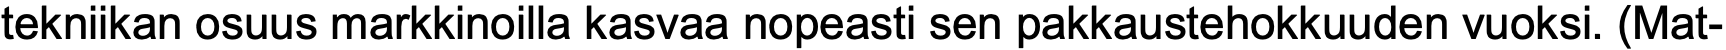
tekniikan osuus markkinoilla kasvaa nopeasti sen pakkaustehokkuuden vuoksi. (Mat-